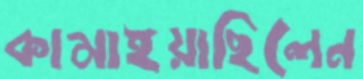
কামাইয়াছিলেন